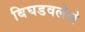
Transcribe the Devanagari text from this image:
बिघडवलेले